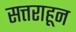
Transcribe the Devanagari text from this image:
सत्तराहून